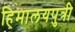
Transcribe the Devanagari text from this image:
हिमालयपुत्री